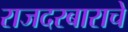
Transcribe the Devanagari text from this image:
राजदरबाराचे